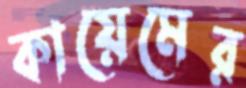
কায়েমের